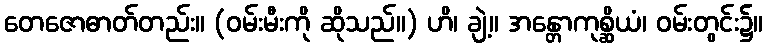
တေဇောဓာတ်တည်း။ (ဝမ်းမီးကို ဆိုသည်။) ဟိ၊ ချဲ့။ အန္တောကုစ္ဆိယံ၊ ဝမ်းတွင်း၌။